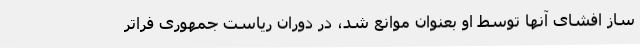
ساز افشای آنها توسط او بعنوان موانع شد، در دوران ریاست جمهوری فراتر